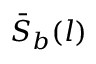
\bar { S } _ { b } ( l )